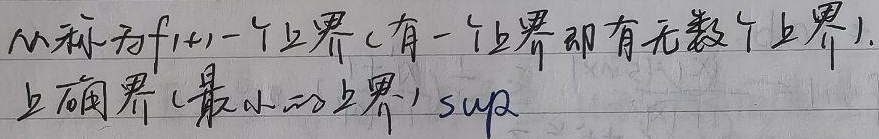
称为\(f(x)\)一个上界（有一个上界即有无数个上界）。上确界（最小的上界）\(\sup\)